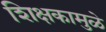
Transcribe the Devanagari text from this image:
शिक्षकामुळे